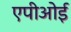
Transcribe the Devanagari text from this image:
एपीओई